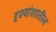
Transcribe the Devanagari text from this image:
दृश्यांशातील